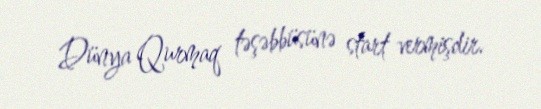
Dünya Qurmaq təşəbbüsünə start vermişdir.